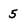
Character: 5